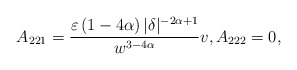
\begin{align*}A_{221}=\frac{\varepsilon \left( 1-4\alpha \right) |\delta|^{-2\alpha+1}}{w^{3-4\alpha}}v,A_{222}=0, \end{align*}